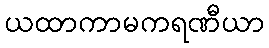
ယထာကာမကရဏီယာ